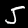
Digit: 5